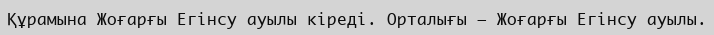
Құрамына Жоғарғы Егінсу ауылы кіреді. Орталығы – Жоғарғы Егінсу ауылы.